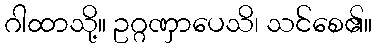
ဂါထာသို့။ ဥဂ္ဂဏှာပေသိ၊ သင်စေ၏။